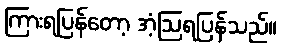
ကြားရပြန်တော့ အံ့ဩရပြန်သည်။